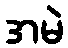
အမဲ